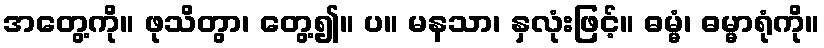
အတွေ့ကို။ ဖုသိတွာ၊ တွေ့၍။ ပ။ မနသာ၊ နှလုံးဖြင့်။ ဓမ္မံ၊ ဓမ္မာရုံကို။